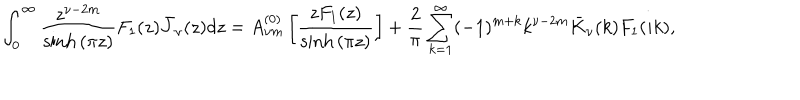
LaTeX: \int _ { 0 } ^ { \infty } { \frac { z ^ { \nu - 2 m } } { \sinh { ( \pi z ) } } F _ { 1 } ( z ) \bar { J } _ { \nu } ( z ) d z } = A _ { \nu m } ^ { ( 0 ) } \left[ \frac { z F _ { 1 } ( z ) } { \sinh { ( \pi z ) } } \right] + \frac { 2 } { \pi } \sum _ { k = 1 } ^ { \infty } ( - 1 ) ^ { m + k } k ^ { \nu - 2 m } \bar { K } _ { \nu } ( k ) F _ { 1 } ( i k ) ,